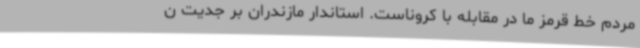
مردم خط قرمز ما در مقابله با کروناست. استاندار مازندران بر جدیت ن